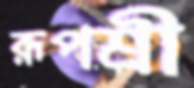
রূপশ্রী